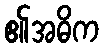
၏အဓိက